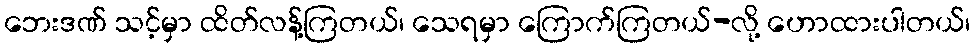
ဘေးဒဏ် သင့်မှာ ထိတ်လန့်ကြတယ်၊ သေရမှာ ကြောက်ကြတယ်-လို့ ဟောထားပါတယ်၊